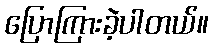
ပြောကြားခဲ့ပါတယ်။